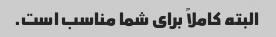
البته کاملاً برای شما مناسب است.